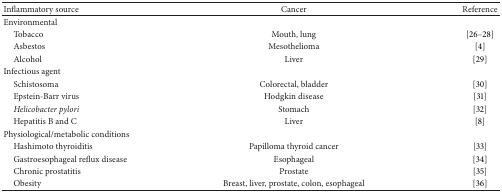
| Inflammatory source | Cancer | Reference |
 | --- | --- | --- |
 | Environmental |  |  |
 | Tobacco | Mouth, lung | [26–28] |
 | Asbestos | Mesothelioma | [4] |
 | Alcohol | Liver | [29] |
 | Infectious agent |  |  |
 | Schistosoma | Colorectal, bladder | [30] |
 | Epstein-Barr virus | Hodgkin disease | [31] |
 | Helicobacter pylori | Stomach | [32] |
 | Hepatitis B and C | Liver | [8] |
 | Physiological/metabolic conditions |  |  |
 | Hashimoto thyroiditis | Papilloma thyroid cancer | [33] |
 | Gastroesophageal reflux disease | Esophageal | [34] |
 | Chronic prostatitis | Prostate | [35] |
 | Obesity | Breast, liver, prostate, colon, esophageal | [36] |